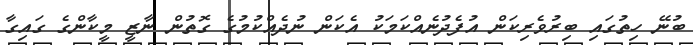
ބުނޭ ހިތުގައި ބިރުވެރިކަން އުފެދުނެއްކަމަކު އެކަން ނުދެއްކުމުގެ ގޮތުން ނާޒީ މީކާންގެ ގައިގާ